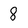
Character: 8